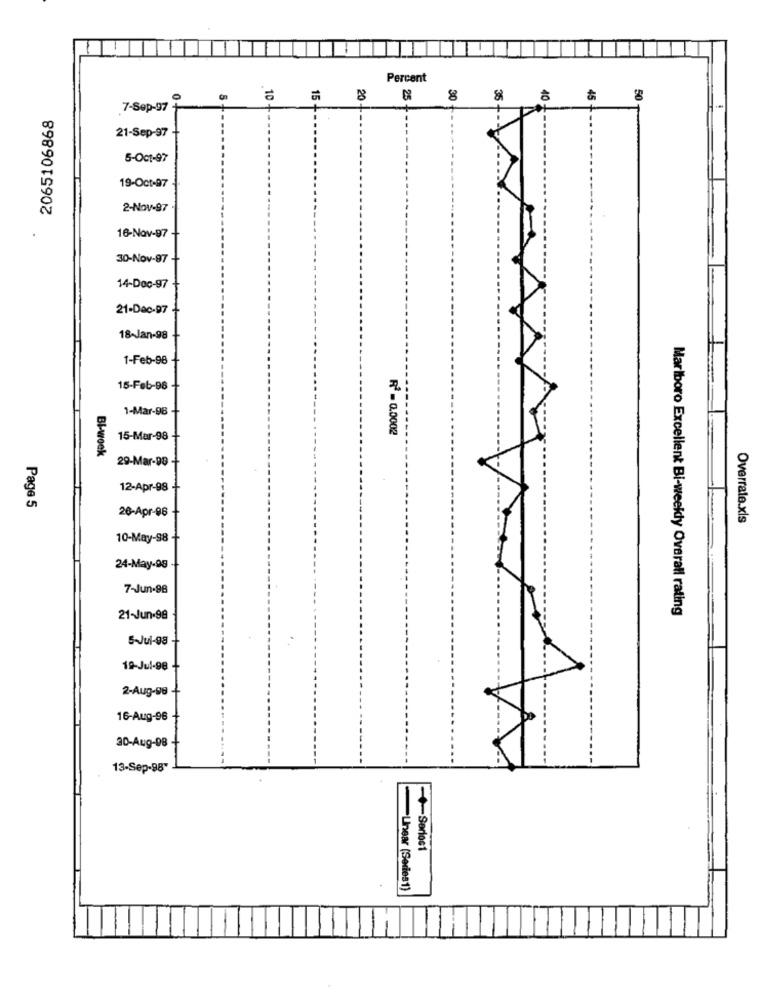
Percent
.. . ..
30
35
40
45
50
7-Sep-97 +
2065106868
21-Sep-97
5-Oct-97
19-Oct-97
2-Nov-97
16-Nov-97
30-Nov-97
14-Doc-97
21-Dac-97
18-Jan-98
1-Feb-98
15-Feb-98
1-Mar-98
R2 - 0.0002
15-Mar-98
Bl-week
29-Mar-98
12-Apr-98
Page 5
26-Apr-98
Overrate.xls
10-May-98
24-May-98
7-Jun-98
Marlboro Excellent Bi-weekly Overall rating
21-Jun-98
5-Jul-98
19-Jul-98
2-Aug-98
16-Aug-96
30-Aug-08
--
13-Sep-98"
-+Sorios1
-Linear (Series1)